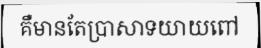
គឺមានតែប្រាសាទយាយពៅ